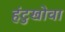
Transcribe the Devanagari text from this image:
हंटुखोवा